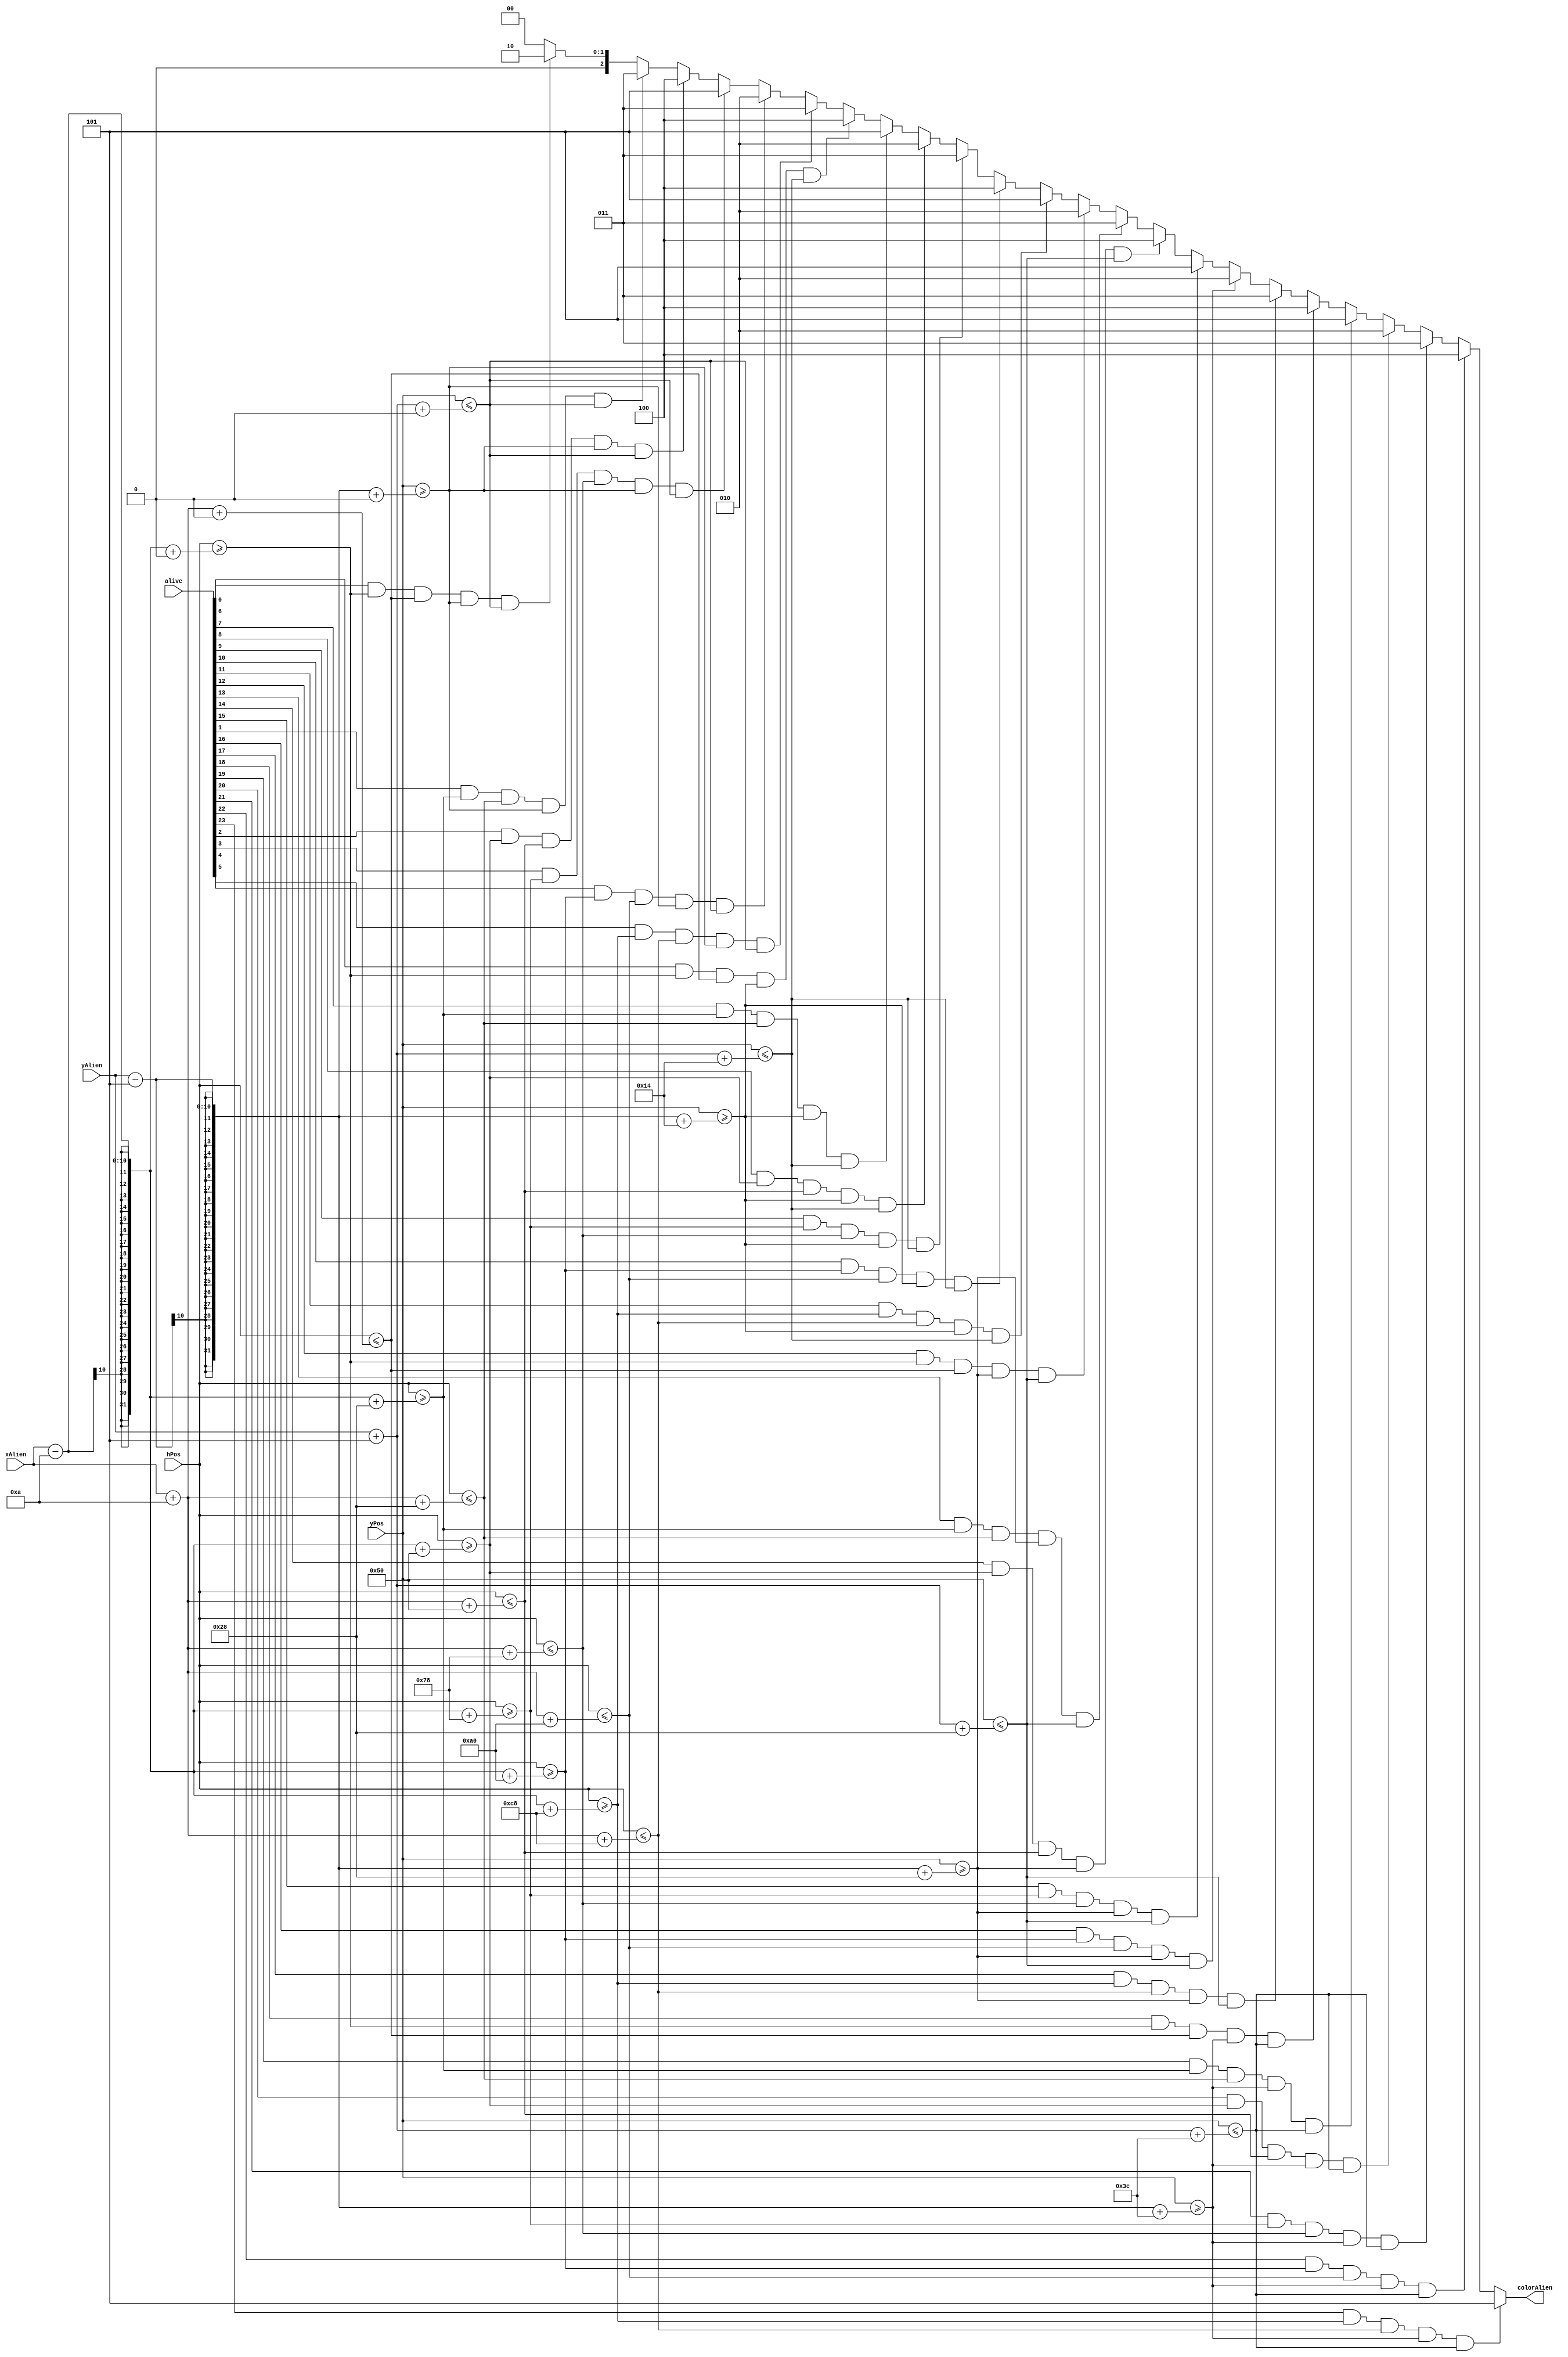
`timescale 1ns / 1ps
//////////////////////////////////////////////////////////////////////////////////
// Company: 
// Engineer: 
// 
// Design Name: 
// Module Name:    alienscolor 
// Project Name: 
// Target Devices: 
// Tool versions: 
// Description: 
//
// Dependencies: 
//
// Revision: 
// Revision 0.01 - File Created
// Additional Comments: 
//
//////////////////////////////////////////////////////////////////////////////////
module AliensColor(
    hPos,
    yPos,
    xAlien,
    yAlien,
    alive,
    colorAlien
    );
parameter NB_COL=6;
parameter NB_LIN=4;

function integer Length(input integer x);
		for ( Length =0 ; x >0 ; Length = Length + 1) x = x >> 1 ;
endfunction
	// cette fonction permet de determiner le nombre de bits necessaire a sa presentation binaire ( page 46 du cours)


localparam Length_I =Length(NB_LIN);
localparam Length_J =Length(NB_COL);

input [9:0] hPos;
input [9:0] yPos;
input signed [9:0] xAlien;
input [9:0] yAlien;
input [NB_LIN*NB_COL - 1:0] alive;
output [2:0] colorAlien;

reg [Length_I:0] i;
reg [Length_J:0] j;

localparam ALIENS_WIDTH=20;
localparam ALIENS_HEIGHT=10;

localparam BACKGROUND=0;
localparam ALIENS0= 2;
localparam ALIENS1= 3;
localparam ALIENS2= 4;
localparam ALIENS3= 5;

parameter STEP_H = 20;
parameter STEP_V = 10;

reg [2:0] couleur;
// alive[NB_COL*i+j] && 
	always @(hPos or yPos or xAlien or yAlien or alive) begin
		couleur = BACKGROUND;
		for (i=0; i<NB_LIN;i=i+1) begin
			for (j=0; j<NB_COL; j=j+1) begin
				if ((alive[NB_COL*i+j]==1) && hPos>=(xAlien-(ALIENS_WIDTH)/2 + (ALIENS_WIDTH)*(2*j))&& hPos<=(xAlien+(ALIENS_WIDTH)/2 + (ALIENS_WIDTH)*(2*j))
				&& yPos>=(yAlien-(ALIENS_HEIGHT)/2 +(ALIENS_HEIGHT)*(2*i))&& yPos<=(yAlien +(ALIENS_HEIGHT)/2 +(ALIENS_HEIGHT)*(2*i)))
				begin
				
				 
// on evalue si on est sur un alien ou pas. Si toutes les conditions sont verifiees: present sur un alien alive, ou dans les dimensions predefinies,
//on peut changer la couleur, sinon on reste sur le background.
						//couleur = ALIENS0;
						
						case ((i*NB_COL + j)%4)
							0: couleur = ALIENS0;
							1: couleur = ALIENS1;
							2: couleur = ALIENS2;
							3: couleur = ALIENS3;
						endcase
				end
			end
		end
		end
	
assign colorAlien= couleur;
endmodule